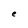
Character: e